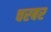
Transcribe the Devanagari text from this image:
चरबर